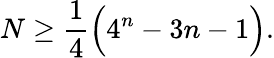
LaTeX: N\ge\frac{1}{4}\Big(4^{n}-3n-1\Big).